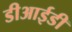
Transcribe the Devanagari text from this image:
डीआईडी